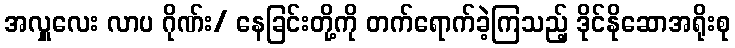
အလှူလေး လာပ ဂိုဏ်း/ နေခြင်းတို့ကို တက်ရောက်ခဲ့ကြသည့် ဒိုင်နိုဆောအရိုးစု